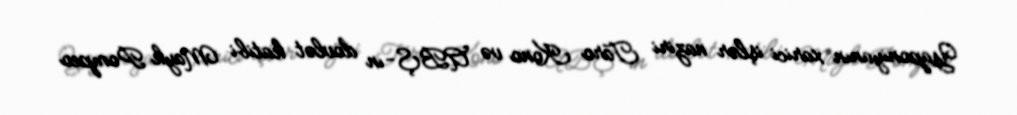
Yaponiyanın xarici işlər naziri Taro Kono və ABŞ-ın dövlət katibi Mayk Pompeo